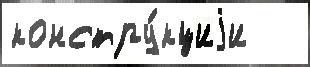
констру́кциjи